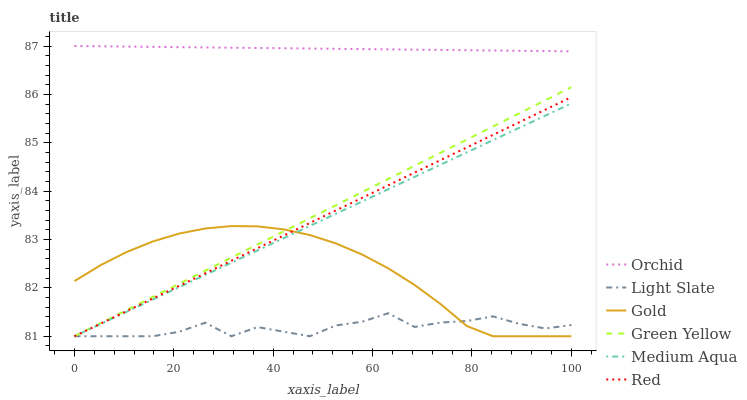
| xaxis_label | Orchid | Light Slate | Gold | Green Yellow | Medium Aqua | Red |
 | --- | --- | --- | --- | --- | --- | --- |
 | 0 | 87 | 81 | 82.1 | 81 | 81 | 81 |
 | 5.26 | 87 | 81 | 82.5 | 81.3 | 81.3 | 81.3 |
 | 10.5 | 87 | 81 | 82.7 | 81.5 | 81.5 | 81.5 |
 | 15.8 | 87 | 81 | 83 | 81.8 | 81.8 | 81.8 |
 | 21.1 | 87 | 81.1 | 83.1 | 82.1 | 82 | 82 |
 | 26.3 | 87 | 81.3 | 83.2 | 82.4 | 82.3 | 82.3 |
 | 31.6 | 87 | 81 | 83.3 | 82.6 | 82.5 | 82.6 |
 | 36.8 | 87 | 81.2 | 83.3 | 82.9 | 82.8 | 82.8 |
 | 42.1 | 87 | 81.1 | 83.2 | 83.2 | 83 | 83.1 |
 | 47.4 | 86.9 | 81 | 83.1 | 83.4 | 83.3 | 83.3 |
 | 52.6 | 86.9 | 81.2 | 82.9 | 83.7 | 83.5 | 83.6 |
 | 57.9 | 86.9 | 81.3 | 82.7 | 84 | 83.8 | 83.9 |
 | 63.2 | 86.9 | 81.5 | 82.4 | 84.3 | 84 | 84.1 |
 | 68.4 | 86.9 | 81.2 | 82.1 | 84.5 | 84.3 | 84.4 |
 | 73.7 | 86.9 | 81.3 | 81.7 | 84.8 | 84.5 | 84.6 |
 | 78.9 | 86.9 | 81.3 | 81.2 | 85.1 | 84.8 | 84.9 |
 | 84.2 | 86.9 | 81.4 | 81 | 85.3 | 85.1 | 85.2 |
 | 89.5 | 86.9 | 81.3 | 81 | 85.6 | 85.3 | 85.4 |
 | 94.7 | 86.9 | 81.2 | 81 | 85.9 | 85.6 | 85.7 |
 | 100 | 86.9 | 81.2 | 81 | 86.1 | 85.8 | 85.9 |